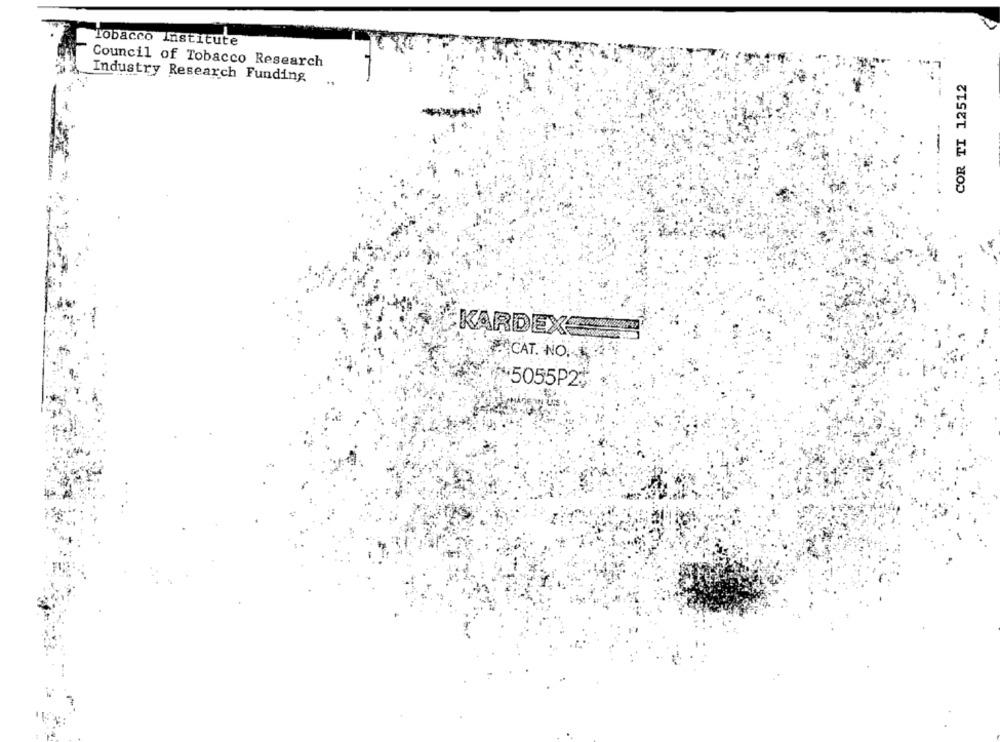
Tobacco Institute
Council of Tobacco Research
Industry Research Funding
COR TI 12512
KARDEX="
CAT. NO.
$ 5055P24